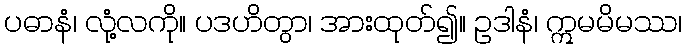
ပဓာနံ၊ လုံ့လကို။ ပဒဟိတွာ၊ အားထုတ်၍။ ဥဒါနံ၊ ဣမမိမဿ၊